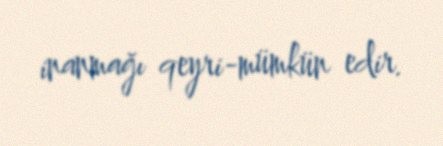
inanmağı qeyri-mümkün edir.